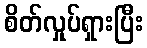
စိတ်လှုပ်ရှားပြီး